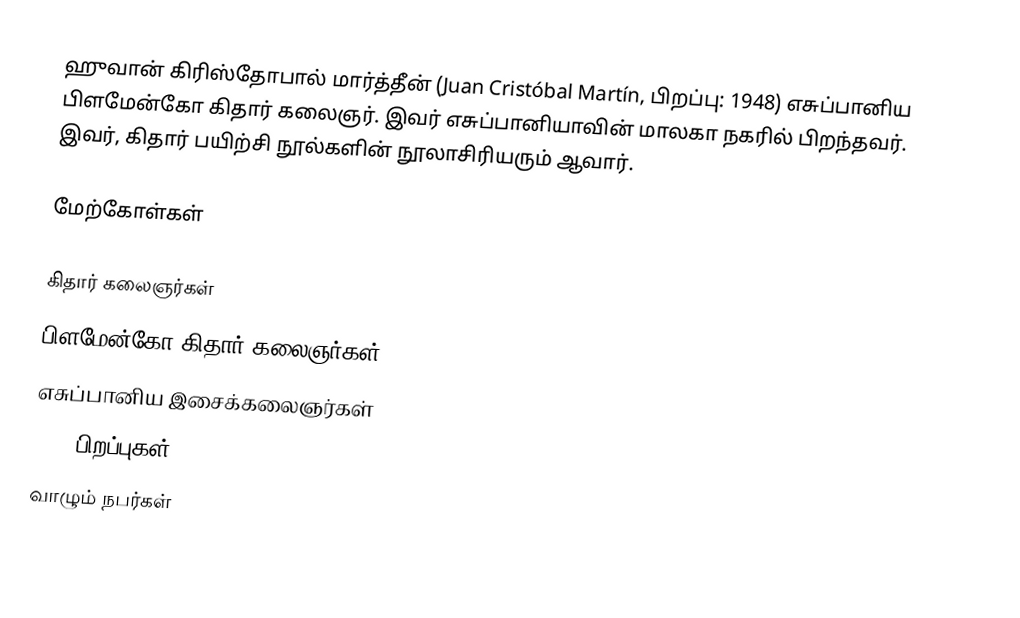
ஹுவான் கிரிஸ்தோபால் மார்த்தீன் (Juan Cristóbal Martín, பிறப்பு: 1948) எசுப்பானிய பிளமேன்கோ கிதார் கலைஞர். இவர் எசுப்பானியாவின் மாலகா நகரில் பிறந்தவர். இவர், கிதார் பயிற்சி நூல்களின் நூலாசிரியரும் ஆவார்.

மேற்கோள்கள்

கிதார் கலைஞர்கள்
பிளமேன்கோ கிதார் கலைஞர்கள்
எசுப்பானிய இசைக்கலைஞர்கள்
1948 பிறப்புகள்
வாழும் நபர்கள்